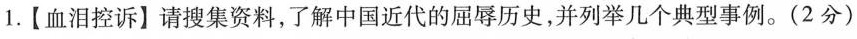
1.【血泪控诉】请搜集资料，了解中国近代的屈辱历史，并列举几个典型事例。(2分)